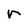
Character: r